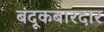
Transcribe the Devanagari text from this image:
बंदूकबारदार